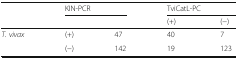
| <ROWSPAN=2>  | <COLSPAN=2> KIN-PCR | <COLSPAN=2> TviCatL-PC |
 |  |  | (+) | (−) |
 | --- | --- | --- | --- | --- |
 | <ROWSPAN=2> T. vivax | (+) | 47 | 40 | 7 |
 | (−) | 142 | 19 | 123 |